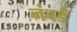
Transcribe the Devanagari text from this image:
नंबर्ड